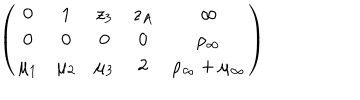
LaTeX: \left( \begin{array} { c c c c c } { { 0 } } & { { 1 } } & { { z _ { 3 } } } & { { z _ { A } } } & { { \infty } } \\ { { 0 } } & { { 0 } } & { { 0 } } & { { 0 } } & { { \rho _ { \infty } } } \\ { { \mu _ { 1 } } } & { { \mu _ { 2 } } } & { { \mu _ { 3 } } } & { { 2 } } & { { \rho _ { \infty } + \mu _ { \infty } } } \\ \end{array} \right)